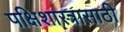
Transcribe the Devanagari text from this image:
पक्षिशास्त्रासाठी